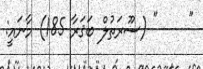
"     " (ސޫރަތުލް ބަޤަރާ 185) މާނައީ: